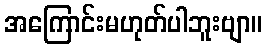
အကြောင်းမဟုတ်ပါဘူးဗျာ။